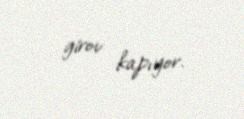
girov kapıyor.